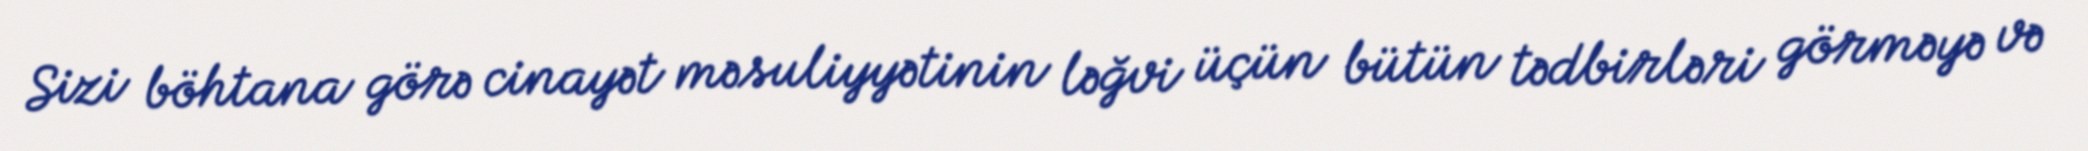
Sizi böhtana görə cinayət məsuliyyətinin ləğvi üçün bütün tədbirləri görməyə və